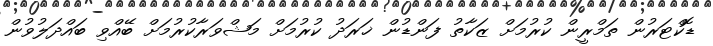
ޑޮކްޓަރުން ތަމްރީން ކުރުމަށް ޒަކާތު ފަންޑުން ޚަރަދު ކުރުމަށް މަޝްވަރާކުރުމަަށް ބޭއްވި ބައްދަލުވުން